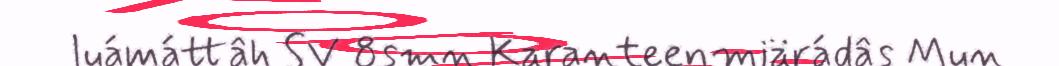
luámáttâh SV 8smn Karanteenmiärádâs Mun